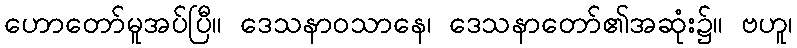
ဟောတော်မူအပ်ပြီ။ ဒေသနာဝသာနေ၊ ဒေသနာတော်၏အဆုံး၌။ ဗဟူ၊